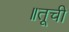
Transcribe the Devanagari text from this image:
॥तूची